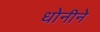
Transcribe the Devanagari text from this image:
धोनीने